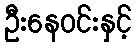
ဦးနေဝင်းနှင့်